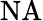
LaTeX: \mathrm{NA}